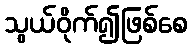
သွယ်ဝိုက်၍ဖြစ်စေ